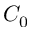
C _ { 0 }